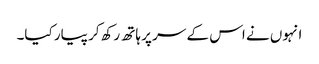
انہوں نے اس کے سر پر ہاتھ رکھ کر پیار کیا۔